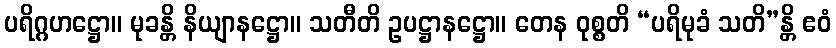
ပရိဂ္ဂဟဋ္ဌော။ မုခန္တိ နိယျာနဋ္ဌော။ သတီတိ ဥပဋ္ဌာနဋ္ဌော။ တေန ဝုစ္စတိ “ပရိမုခံ သတိ”န္တိ ဧဝံ